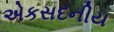
એકસદનીય